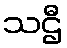
သဌီ